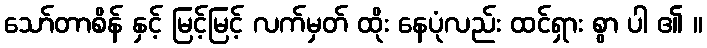
သော်တာစိန် နှင့် မြင့်မြင့် လက်မှတ် ထိုး နေပုံလည်း ထင်ရှား စွာ ပါ ၏ ။